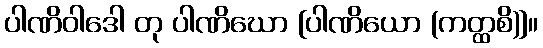
ပါဏိဝါဒေါ တု ပါဏိဃော [ပါဏိယော (ကတ္ထစိ)]။